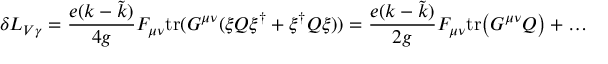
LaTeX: \delta { \cal L } _ { V \gamma } = \frac { e ( k - \tilde { k } ) } { 4 g } F _ { \mu \nu } \mathrm { t r } ( G ^ { \mu \nu } ( \xi Q \xi ^ { \dagger } + \xi ^ { \dagger } Q \xi ) ) = \frac { e ( k - \tilde { k } ) } { 2 g } F _ { \mu \nu } \mathrm { t r } \big ( G ^ { \mu \nu } Q \big ) + \dots